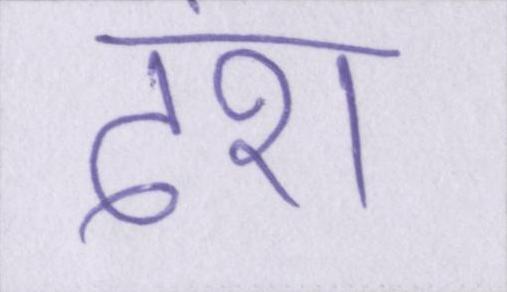
दंश